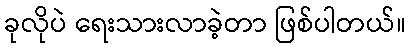
ခုလိုပဲ ရေးသားလာခဲ့တာ ဖြစ်ပါတယ်။